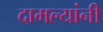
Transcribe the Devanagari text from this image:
दामल्यांनी